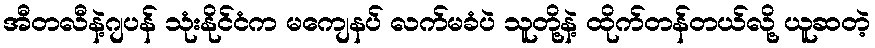
အီတလီနဲ့ဂျပန် သုံးနိုင်ငံက မကျေနပ် လက်မခံပဲ သူတို့နဲ့ ထိုက်တန်တယ်လို့ ယူဆတဲ့